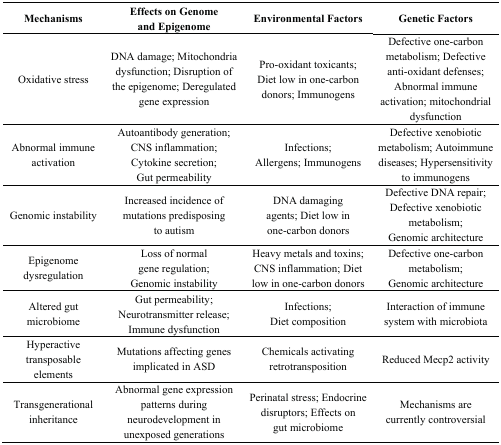
<table><thead><tr><td><b>Mechanisms</b></td><td><b>Effects on Genome and Epigenome</b></td><td><b>Environmental Factors</b></td><td><b>Genetic Factors</b></td></tr></thead><tbody><tr><td>Oxidative stress</td><td>DNA damage; Mitochondria dysfunction; Disruption of the epigenome; Deregulated gene expression</td><td>Pro-oxidant toxicants; Diet low in one-carbon donors; Immunogens</td><td>Defective one-carbon metabolism; Defective anti-oxidant defenses; Abnormal immune activation; mitochondrial dysfunction</td></tr><tr><td>Abnormal immune activation</td><td>Autoantibody generation; CNS inflammation; Cytokine secretion; Gut permeability</td><td>Infections; Allergens; Immunogens</td><td>Defective xenobiotic metabolism; Autoimmune diseases; Hypersensitivity to immunogens</td></tr><tr><td>Genomic instability</td><td>Increased incidence of mutations predisposing to autism</td><td>DNA damaging agents; Diet low in one-carbon donors</td><td>Defective DNA repair; Defective xenobiotic metabolism; Genomic architecture</td></tr><tr><td>Epigenome dysregulation</td><td>Loss of normal gene regulation; Genomic instability</td><td>Heavy metals and toxins; CNS inflammation; Diet low in one-carbon donors</td><td>Defective one-carbon metabolism; Genomic architecture</td></tr><tr><td>Altered gut microbiome</td><td>Gut permeability; Neurotransmitter release; Immune dysfunction</td><td>Infections; Diet composition</td><td>Interaction of immune system with microbiota</td></tr><tr><td>Hyperactive transposable elements</td><td>Mutations affecting genes implicated in ASD</td><td>Chemicals activating retrotransposition</td><td>Reduced Mecp2 activity</td></tr><tr><td>Transgenerational inheritance</td><td>Abnormal gene expression patterns during neurodevelopment in unexposed generations</td><td>Perinatal stress; Endocrine disruptors; Effects on gut microbiome</td><td>Mechanisms are currently controversial</td></tr></tbody></table>